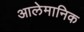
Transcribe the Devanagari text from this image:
आलेमानिक